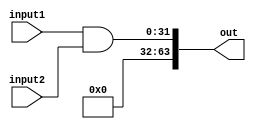
module and32(input1, input2, out);
	input [31:0] input1;
	input [31:0] input2;
	output [63:0] out;
		
	wire [31:0] input1;
	wire [31:0] input2;
	reg [63:0] out;
	always @ *	
	begin
		out = input1 & input2;
	
	end
endmodule